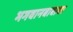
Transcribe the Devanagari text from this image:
भगवानबाबाचा